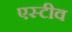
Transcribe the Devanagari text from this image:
एस्टीव